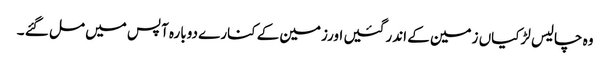
وہ چالیس لڑکیاں زمین کے اندر گئیں اورزمین کے کنارے دوبارہ آپس میں مل گئے ۔